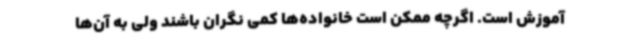
آموزش است. اگرچه ممکن است خانواده‌ها کمی نگران باشند ولی به آن‌ها